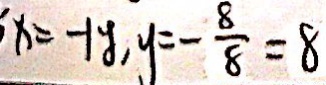
x = - 1 y , y = - \frac { 8 } { 8 } = 8